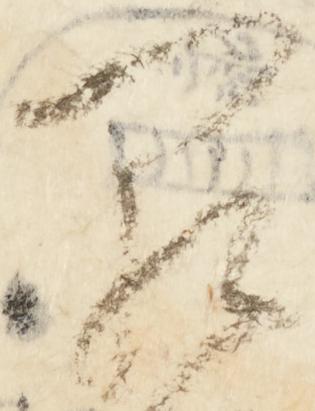
闕